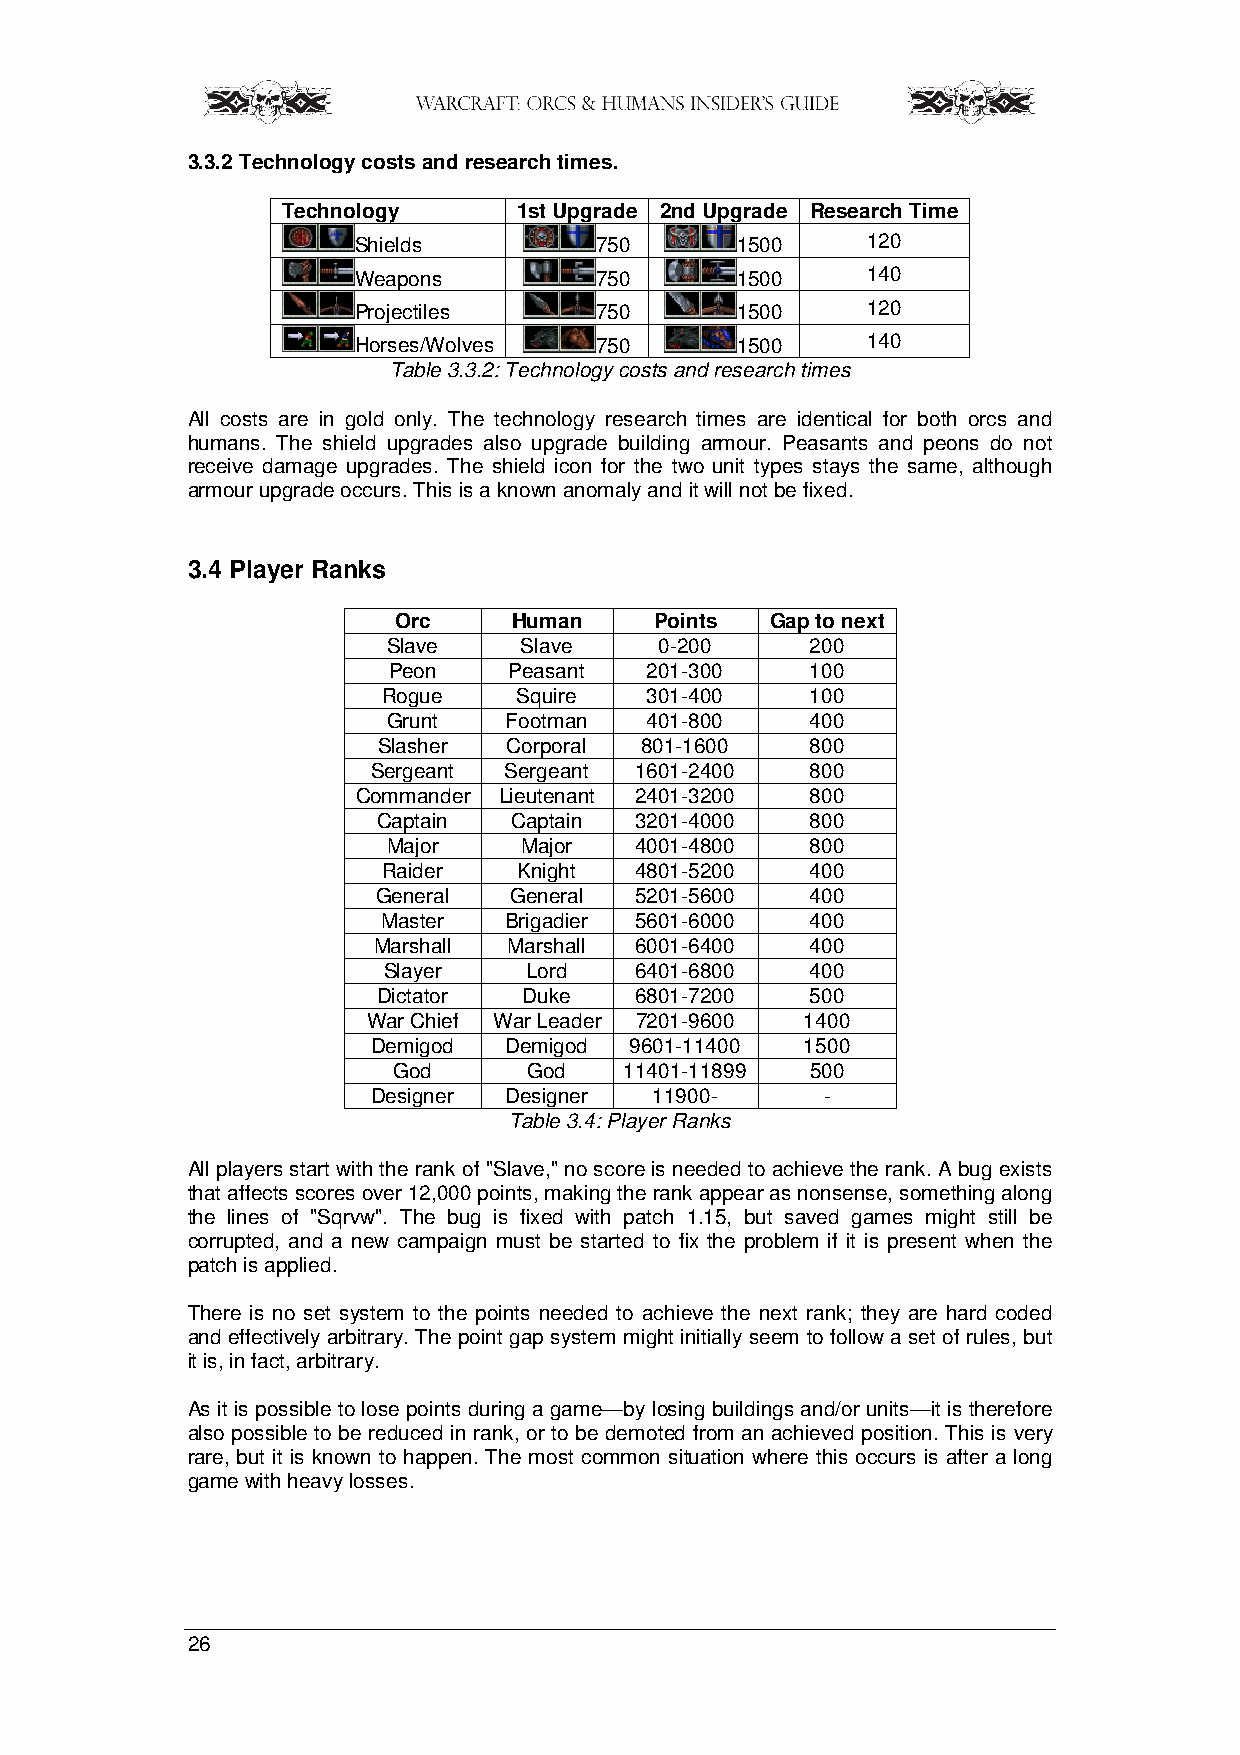
3.3.2 Technology costs and research times.
 Technology     1st Upgrade 2nd Upgrade Research Time
 Shields         750       1500    120
 Weapons         750       1500    140
 Projectiles     750       1500    120
 Horses/Wolves   750       1500    140
 Table 3.3.2: Technology costs and research times
 All costs are in gold only. The technology research times are identical for both orcs and
 humans. The shield upgrades also upgrade building armour. Peasants and peons do not
 receive damage upgrades. The shield icon for the two unit types stays the same, although
 armour upgrade occurs. This is a known anomaly and it will not be fixed.
 3.4 Player Ranks
 Orc     Human    Points  Gap to next
 Slave    Slave    0-200     200
 Peon    Peasant  201-300    100
 Rogue    Squire   301-400    100
 Grunt   Footman  401-800    400
 Slasher  Corporal 801-1600   800
 Sergeant Sergeant 1601-2400  800
 Commander Lieutenant 2401-3200 800
 Captain  Captain 3201-4000   800
 Major    Major  4001-4800   800
 Raider   Knight  4801-5200   400
 General  General 5201-5600   400
 Master  Brigadier 5601-6000  400
 Marshall Marshall 6001-6400  400
 Slayer    Lord   6401-6800   400
 Dictator  Duke   6801-7200   500
 War Chief War Leader 7201-9600 1400
 Demigod Demigod  9601-11400 1500
 God      God   11401-11899  500
 Designer Designer 11900-      -
 Table 3.4: Player Ranks
 All players start with the rank of "Slave," no score is needed to achieve the rank. A bug exists
 that affects scores over 12,000 points, making the rank appear as nonsense, something along
 the lines of "Sqrvw". The bug is fixed with patch 1.15, but saved games might still be
 corrupted, and a new campaign must be started to fix the problem if it is present when the
 patch is applied.
 There is no set system to the points needed to achieve the next rank; they are hard coded
 and effectively arbitrary. The point gap system might initially seem to follow a set of rules, but
 it is, in fact, arbitrary.
 As it is possible to lose points during a game—by losing buildings and/or units—it is therefore
 also possible to be reduced in rank, or to be demoted from an achieved position. This is very
 rare, but it is known to happen. The most common situation where this occurs is after a long
 game with heavy losses.
 26